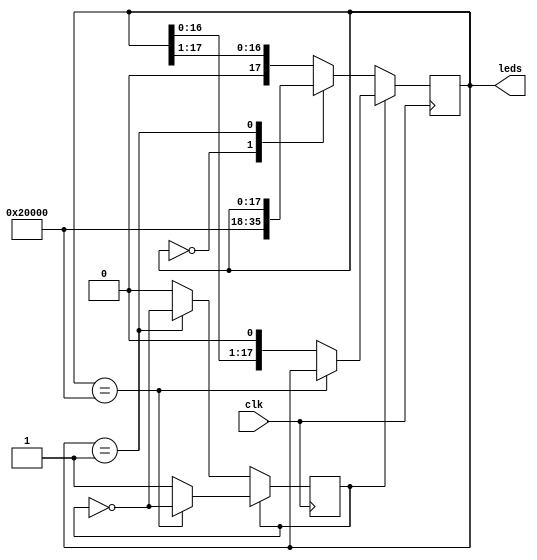
module Desafio2(
input clk,
output reg [17:0] leds
);

reg sentido;

always @(posedge clk)
	begin
		if(!sentido)
			case(leds)
				18'b000000000000000000	:	leds = 18'b100000000000000000;
				18'b000000000000000001	:	sentido = ~sentido;
				default	:	leds = leds >> 1;
			endcase
		else
			case(leds)
				18'b100000000000000000	:	sentido = ~sentido;
				default	:	leds = leds << 1;
			endcase
	end
endmodule